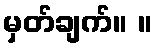
မှတ်ချက်။ ။